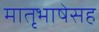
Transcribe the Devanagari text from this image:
मातृभाषेसह